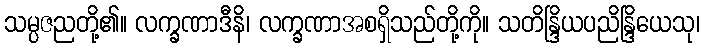
သမ္ပဇညတို့၏။ လက္ခဏာဒီနိ၊ လက္ခဏာအစရှိသည်တို့ကို။ သတိန္ဒြိယပညိန္ဒြိယေသု၊